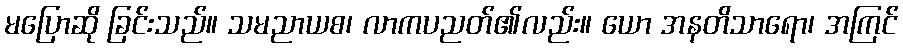
မပြောဆို ခြင်းသည်။ သမညာယစ၊ လာကပညတ်၏လည်း။ ယော အနတိသာရော၊ အကြင်